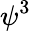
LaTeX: \psi^{3}